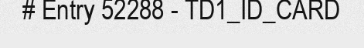
# Entry 52288 - TD1_ID_CARD